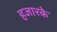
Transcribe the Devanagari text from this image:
हजारके